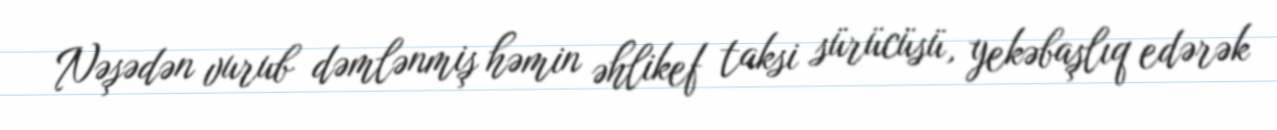
Nəşədən vurub dəmlənmiş həmin əhlikef taksi sürücüsü, yekəbaşlıq edərək